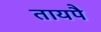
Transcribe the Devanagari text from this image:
तायपै